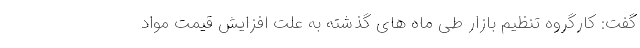
گفت: کارگروه تنظیم بازار طی ماه های گذشته به علت افزایش قیمت مواد